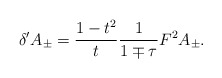
\begin{align*}\delta' A_\pm = {1-t^2\over t} {1\over 1 \mp \tau} F^2 A_\pm.\end{align*}